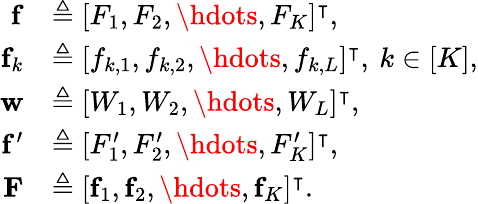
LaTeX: \begin{array}{rl}{\mathbf{f}}&{\triangleq[F_{1},F_{2},\hdots,F_{K}]^{\intercal},}\\ {\mathbf{f}_{k}}&{\triangleq[f_{k,1},f_{k,2},\hdots,f_{k,L}]^{\intercal},\: k\in[K],}\\ {\mathbf{w}}&{\triangleq[W_{1},W_{2},\hdots,W_{L}]^{\intercal},}\\ {\mathbf{f}^{\prime}}&{\triangleq[F_{1}^{\prime},F_{2}^{\prime},\hdots,F_{K}^{\prime}]^{\intercal},}\\ {\mathbf{F}}&{\triangleq[\mathbf{f}_{1},\mathbf{f}_{2},\hdots,\mathbf{f}_{K}]^{\intercal}.}\end{array}